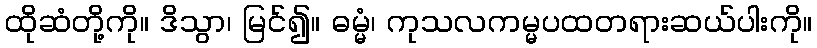
ထိုဆံတို့ကို။ ဒိသွာ၊ မြင်၍။ ဓမ္မံ၊ ကုသလကမ္မပထတရားဆယ်ပါးကို။